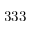
3 3 3